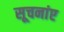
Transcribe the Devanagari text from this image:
सूचनांए